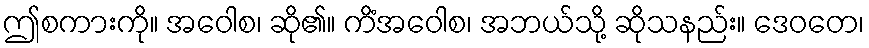
ဤစကားကို။ အဝေါစ၊ ဆို၏။ ကိံအဝေါစ၊ အဘယ်သို့ ဆိုသနည်း။ ဒေဝတေ၊